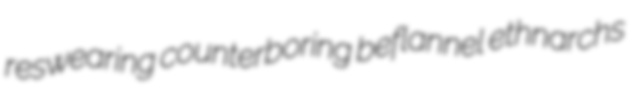
reswearing counterboring beflannel ethnarchs